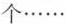
个\cdots \cdots